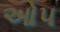
ઓપ